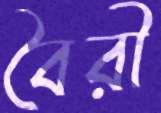
বৈরী